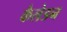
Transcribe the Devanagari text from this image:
कैलेडन